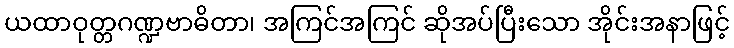
ယထာဝုတ္တဂဏ္ဍဗာဓိတာ၊ အကြင်အကြင် ဆိုအပ်ပြီးသော အိုင်းအနာဖြင့်